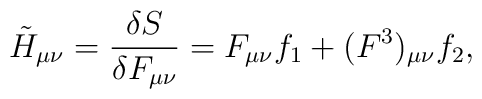
\tilde{H}_{\mu\nu} = {\delta S\over\delta F_{\mu\nu}} = F_{\mu\nu} f_1 +(F^3)_{\mu\nu} f_2,